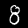
Label: 8